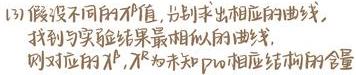
(3) 假设不同的 $\lambda$ 值，分别求出相应的曲线，找到与实验结果最相似的曲线，则对应的 $\lambda^{+}, \lambda^{-}$ 为未知 $p \omega$ 相应结构的含量。